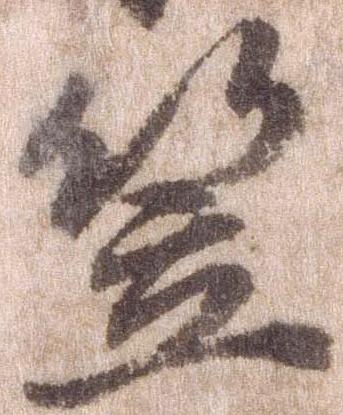
笠